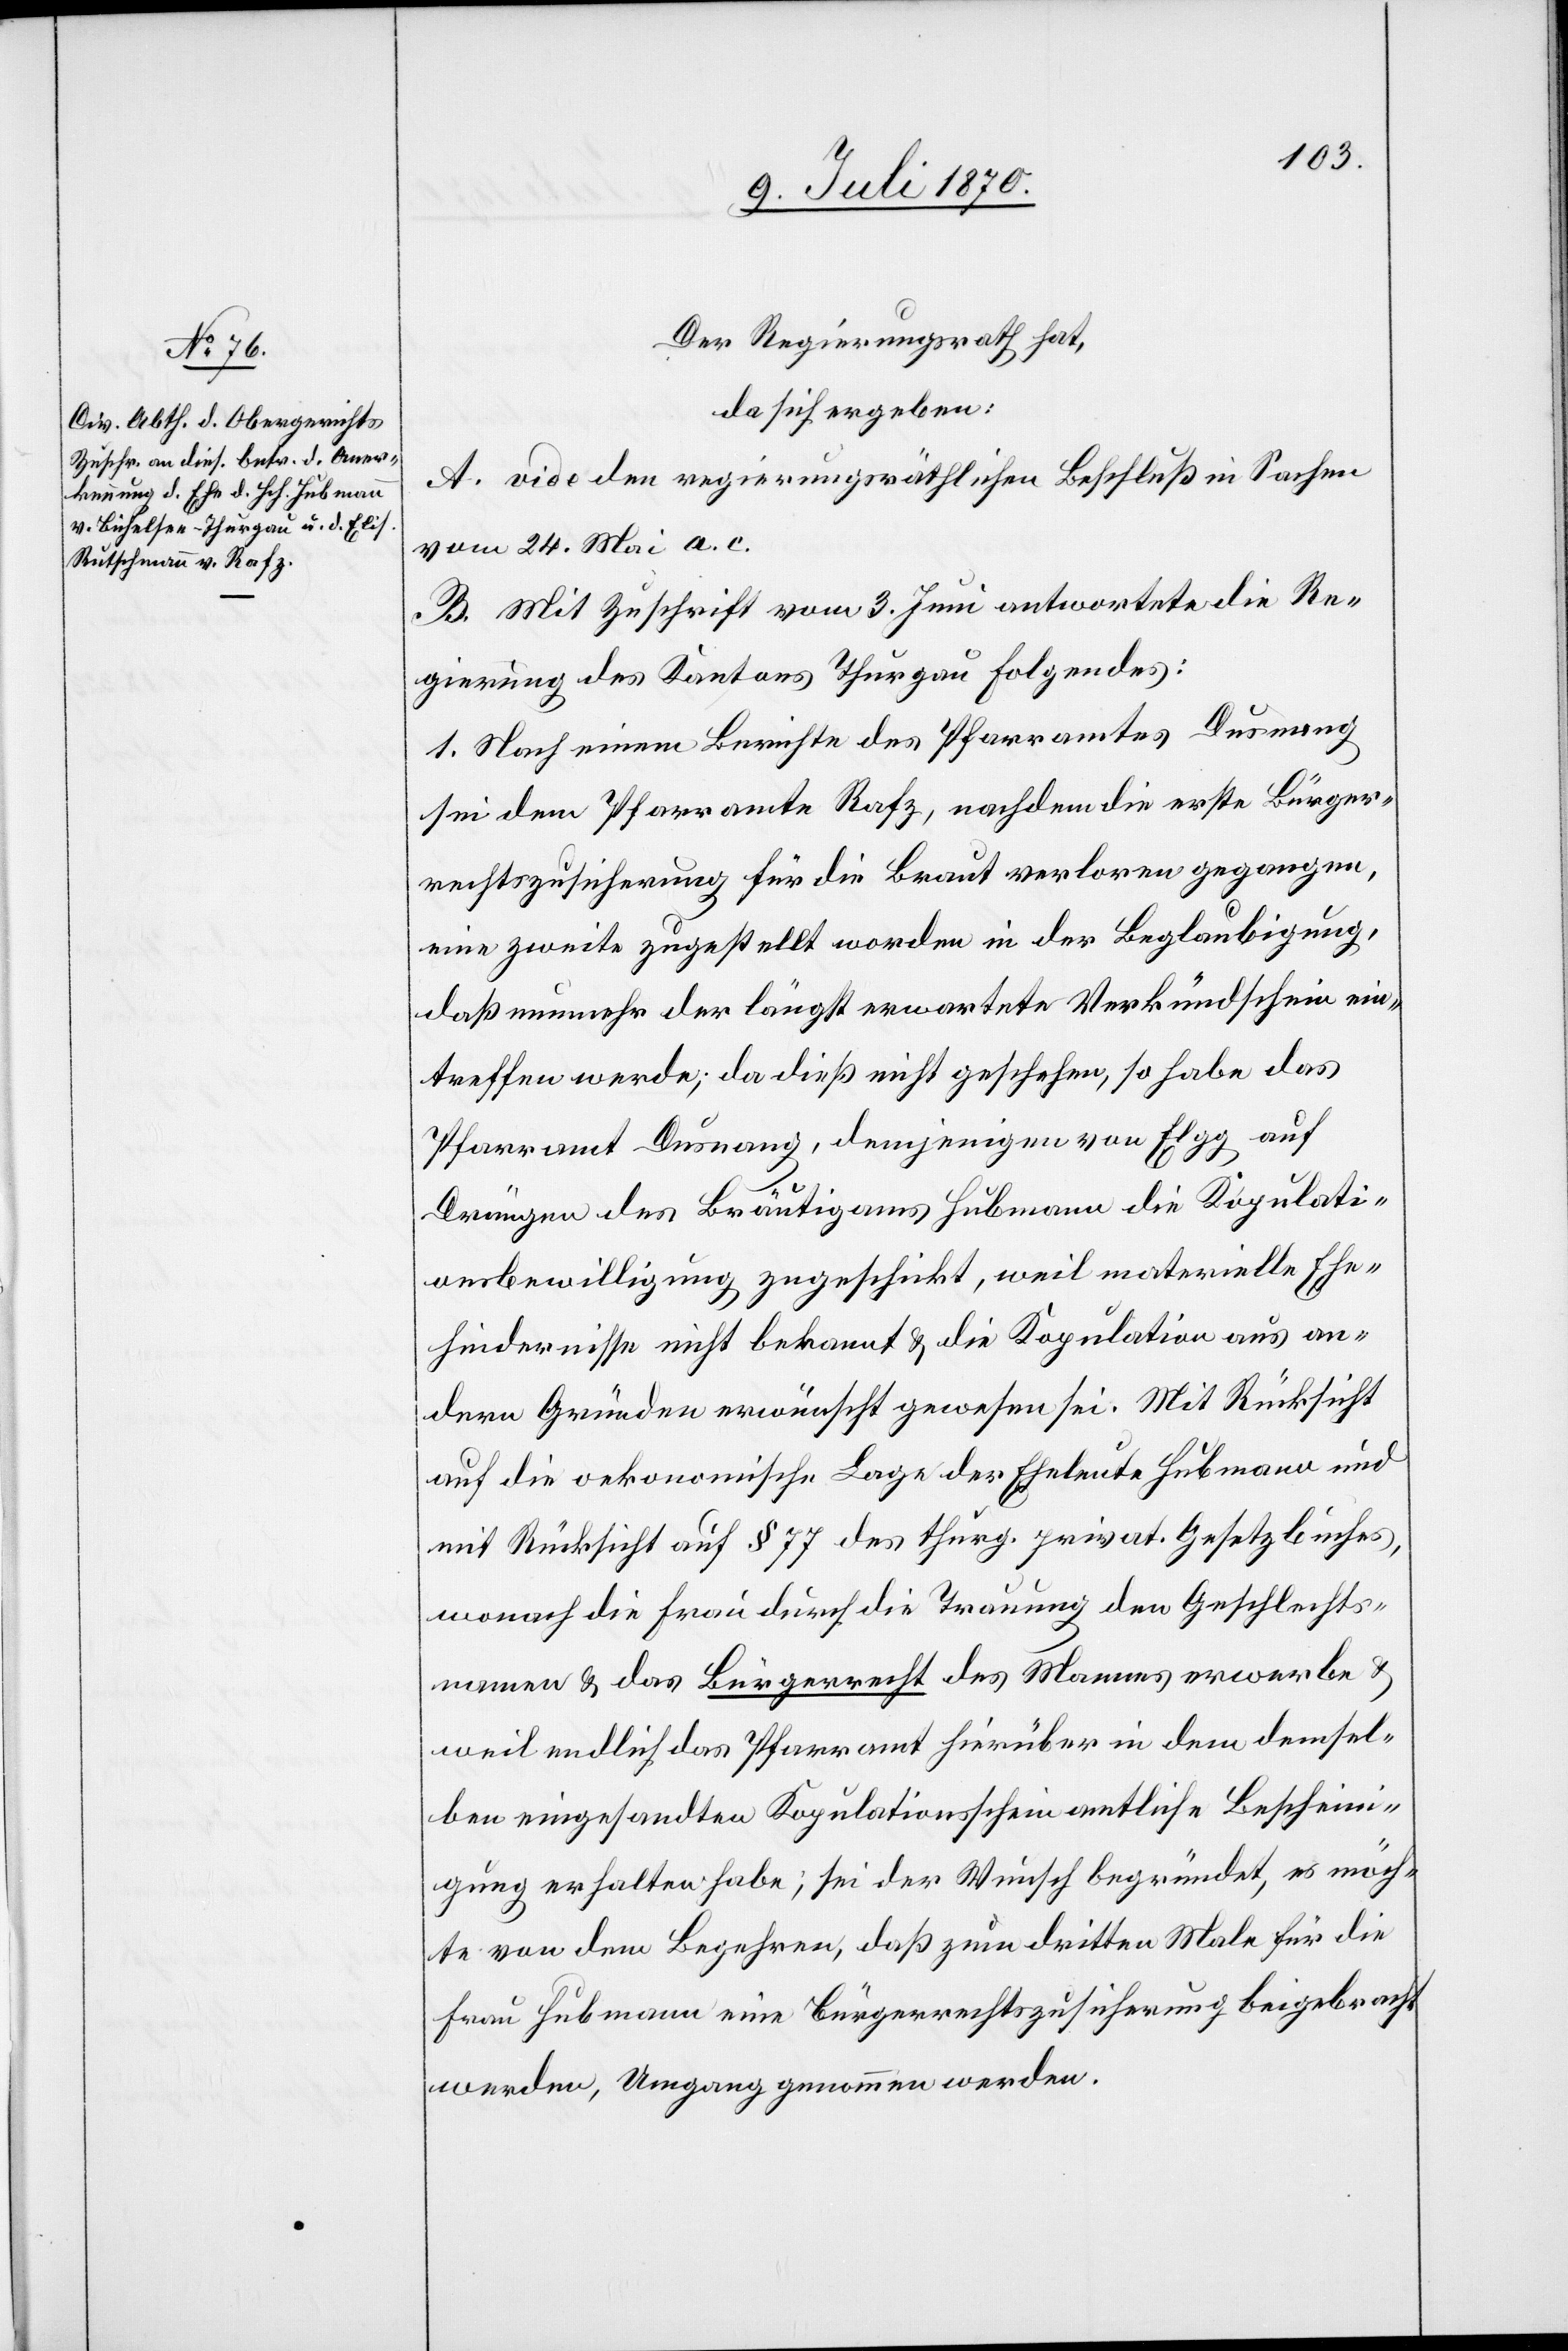
Der Regierungsrath hat,
da sich ergeben:
A. vide den regierungsräthlichen Beschluß in Sachen
vom 24. Mai a. c.
B. Mit Zuschrift vom 3. Juni antwortete die Re¬
gierung des Kantons Thurgau folgendes:
1. Nach einem Berichte des Pfarramtes Dusnang
sei dem Pfarramte Rafz, nachdem die erste Bürger¬
rechtszusicherung für die Braut verloren gegangen,
eine zweite zugestellt worden in der Beglaubigung,
daß nunmehr der längst erwartete Verkündschein ein¬
treffen werde; da dieß nicht geschehen, so habe das
Pfarramt Dusnang, demjenigen von Elgg auf
Drängen des Bräutigams Hubmann die Kopulati¬
onsbewilligung zugesichert, weil materielle Ehe¬
hindernisse nicht bekannt & die Kopulation aus an¬
dern Gründen erwünscht gewesen sei. Mit Rücksicht
auf die oekonomische Lage der Eheleute Hubmann und
mit Rücksicht auf § 77 des thurg. privat. Gesetzbuches,
wonach die Frau durch die Trauung den Geschlechts¬
namen & das Bürgerrecht des Mannes erwerbe &
weil endlich das Pfarramt hierüber in dem demsel¬
ben eingesandten Kopulationsschein amtliche Beschein¬
igung erhalten habe; sei der Wunsch begründet, es möch¬
te von dem Begehren, daß zum dritten Male für die
Frau Hubmann eine Bürgerrechtszusicherung beigebracht
werde, Umgang genommen werden.